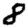
Digit: 8